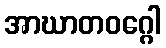
အာဃာတဝဂ္ဂေါ